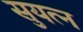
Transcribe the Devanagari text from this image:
सुयत्न